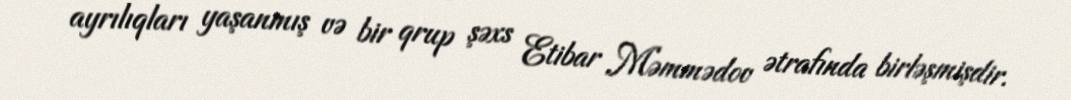
ayrılıqları yaşanmış və bir qrup şəxs Etibar Məmmədov ətrafında birləşmişdir.